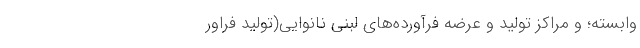
وابسته؛ و مراکز تولید و عرضه فرآورده‌های لبنی نانوایی(تولید فراور